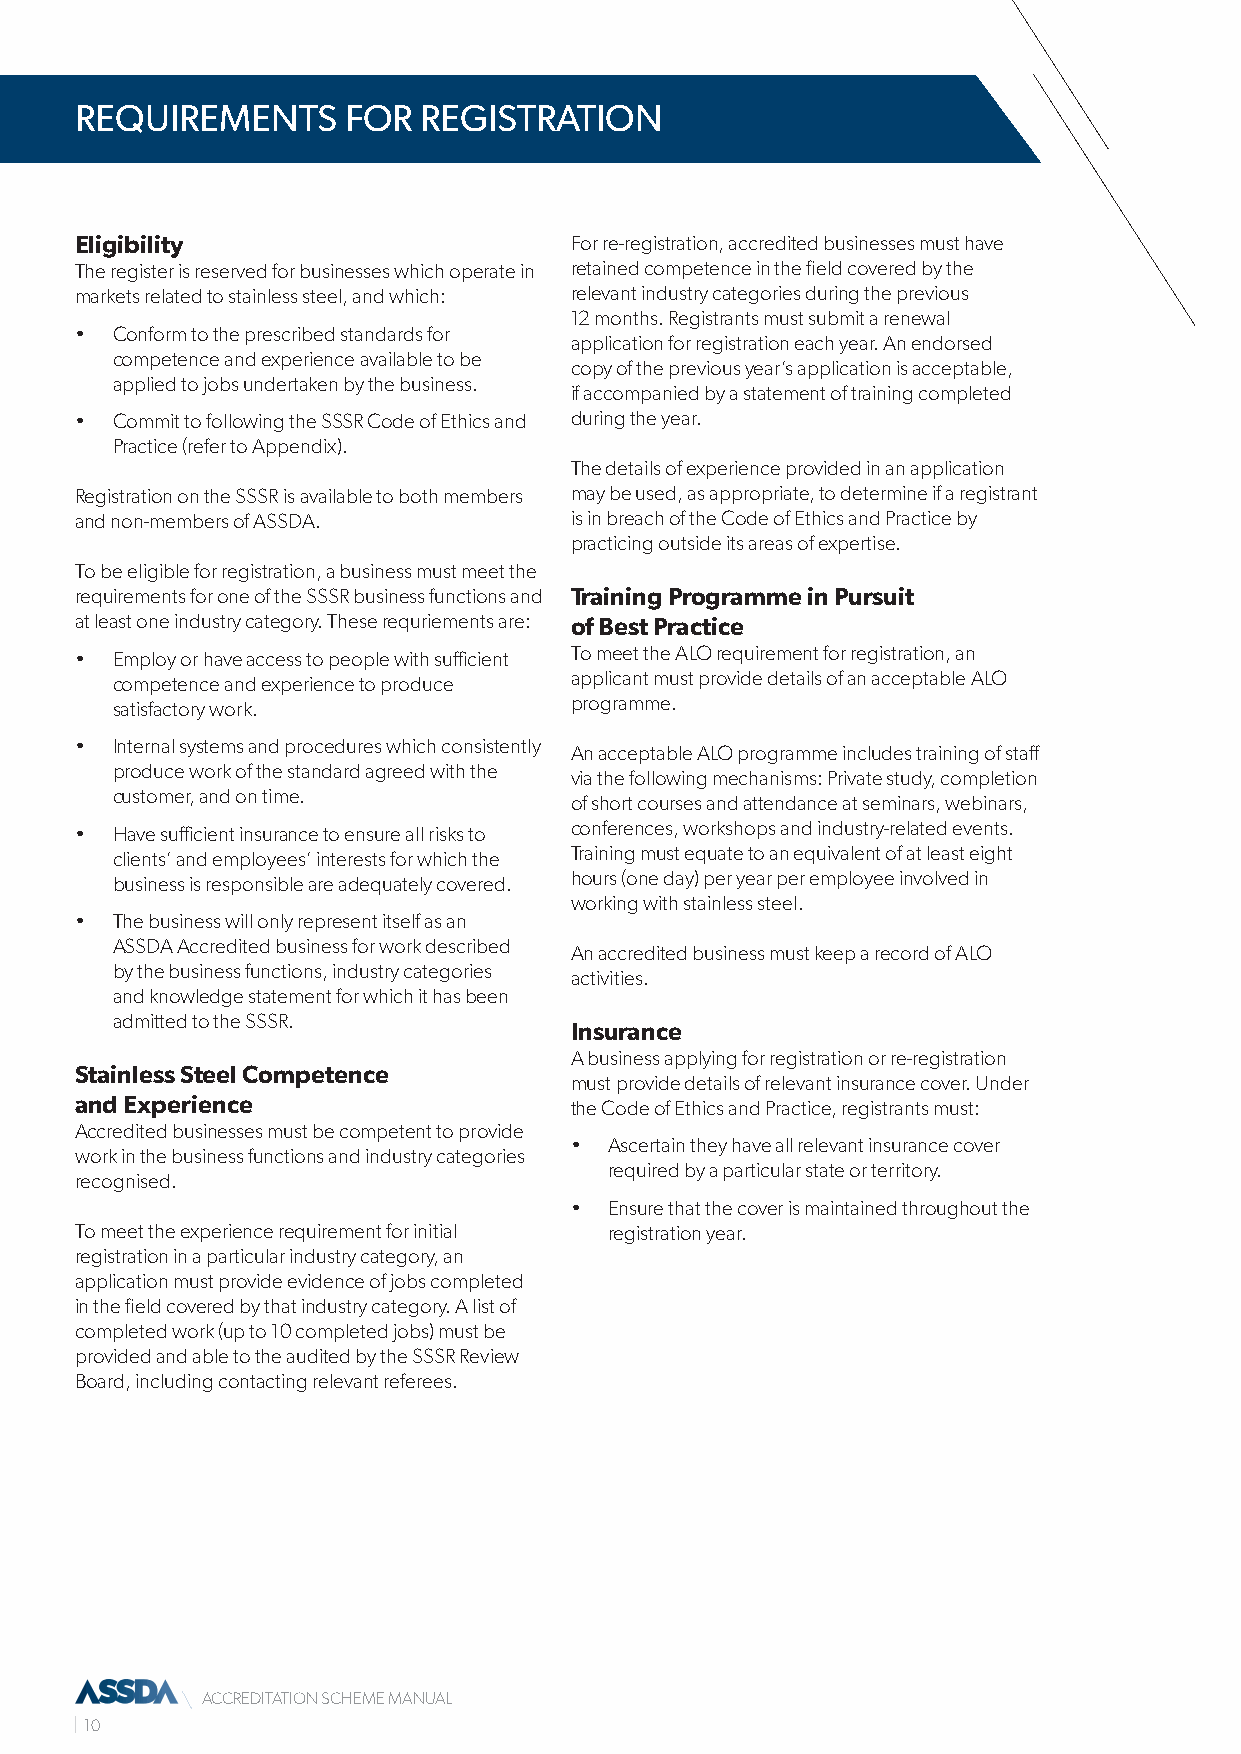
REQUIREMENTS      FOR  REGISTRATION
 Eligibility                      For re-registration, accredited businesses must have
 The register is reserved for businesses which operate in retained competence in the field covered by the
 markets related to stainless steel, and which: relevant industry categories during the previous
 12 months. Registrants must submit a renewal
 • Conform to the prescribed standards for
 application for registration each year. An endorsed
 competence and experience available to be
 copy of the previous year’s application is acceptable,
 applied to jobs undertaken by the business.
 if accompanied by a statement of training completed
 • Commit to following the SSSR Code of Ethics and during the year.
 Practice (refer to Appendix).
 The details of experience provided in an application
 Registration on the SSSR is available to both members may be used, as appropriate, to determine if a registrant
 and non-members of ASSDA.        is in breach of the Code of Ethics and Practice by
 practicing outside its areas of expertise.
 To be eligible for registration, a business must meet the
 requirements for one of the SSSR business functions and Training Programme in Pursuit
 at least one industry category. These requriements are: of Best Practice
 • Employ or have access to people with sufficient To meet the ALO requirement for registration, an
 competence and experience to produce applicant must provide details of an acceptable ALO
 satisfactory work.             programme.
 • Internal systems and procedures which consistently
 An acceptable ALO programme includes training of staff
 produce work of the standard agreed with the
 via the following mechanisms: Private study, completion
 customer, and on time.
 of short courses and attendance at seminars, webinars,
 • Have sufficient insurance to ensure all risks to conferences, workshops and industry-related events.
 clients’ and employees’ interests for which the Training must equate to an equivalent of at least eight
 business is responsible are adequately covered. hours (one day) per year per employee involved in
 working with stainless steel.
 • The business will only represent itself as an
 ASSDA Accredited business for work described
 An accredited business must keep a record of ALO
 by the business functions, industry categories
 activities.
 and knowledge statement for which it has been
 admitted to the SSSR.
 Insurance
 A business applying for registration or re-registration
 Stainless Steel Competence
 must provide details of relevant insurance cover. Under
 and Experience                   the Code of Ethics and Practice, registrants must:
 Accredited businesses must be competent to provide
 • Ascertain they have all relevant insurance cover
 work in the business functions and industry categories
 required by a particular state or territory.
 recognised.
 • Ensure that the cover is maintained throughout the
 To meet the experience requirement for initial registration year.
 registration in a particular industry category, an
 application must provide evidence of jobs completed
 in the field covered by that industry category. A list of
 completed work (up to 10 completed jobs) must be
 provided and able to the audited by the SSSR Review
 Board, including contacting relevant referees.
 ACCREDITATION SCHEME MANUAL
 10